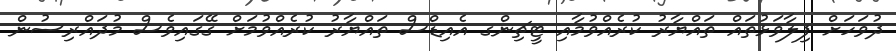
ދުވަހަށް ފިލާވަޅުތައް ތައްޔާރު ކުރެއްވުމާއި ޓީޗިންގ އެއިޑްސް ތައްޔާރު ކުރެއްވުމަށް ގޭގައިވެސް މުދައްރިސުން